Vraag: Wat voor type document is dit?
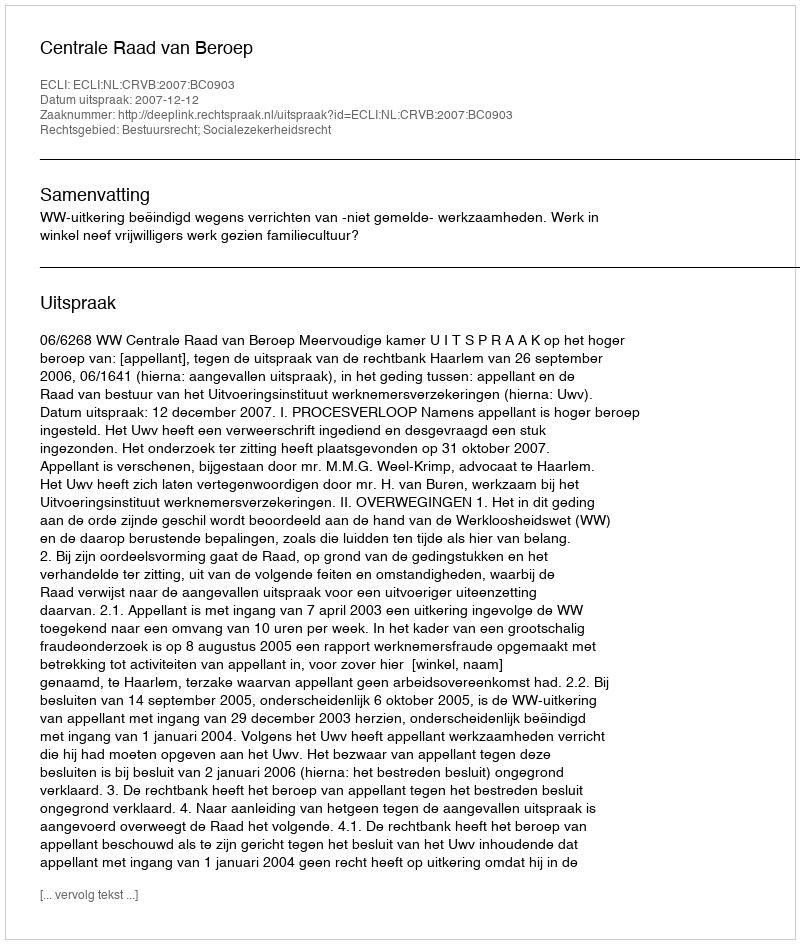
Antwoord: Uitspraak